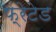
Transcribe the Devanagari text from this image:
फ्रेटेड